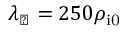
\lambda _ { \perp } = 2 5 0 \rho _ { \mathrm { i 0 } }